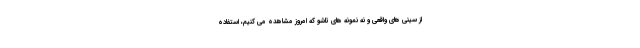
از سینی های واقعی و نه نمونه های تاشو که امروز مشاهده می کنیم، استفاده